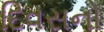
દિવસનો